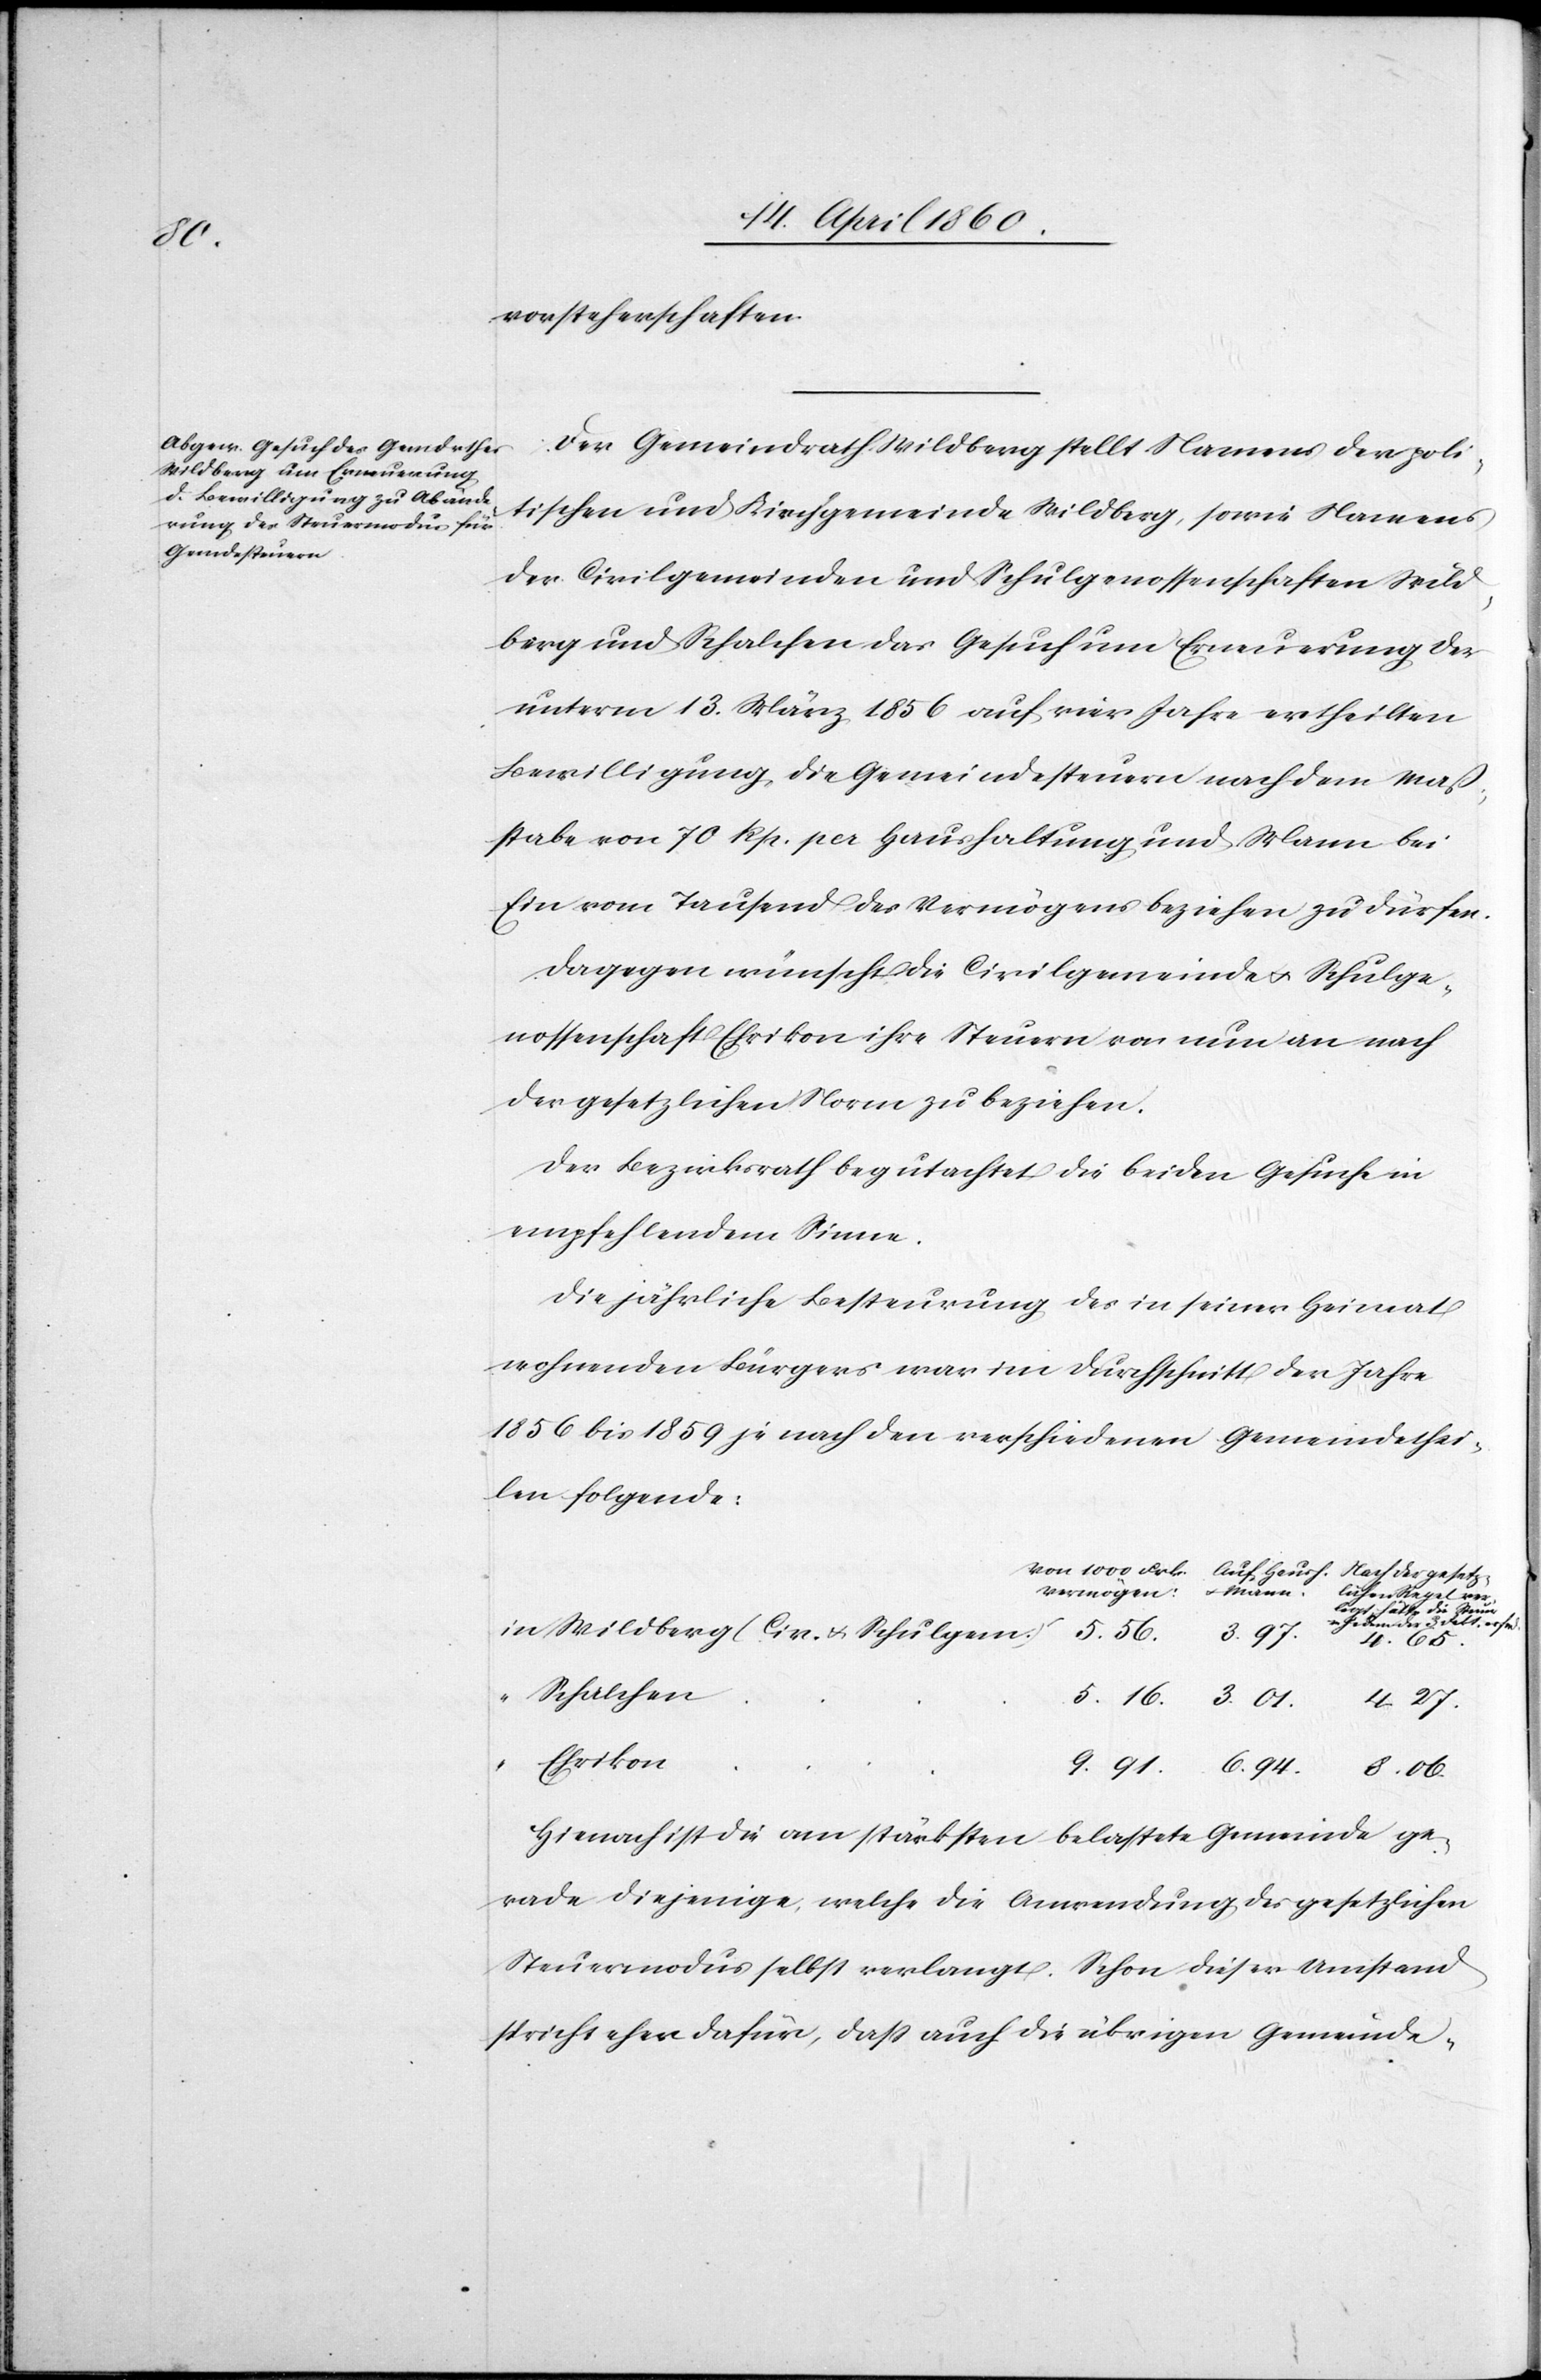
8.

vorsteherschaften.
Der Gemeindrath Wildberg stellt Namens der poli¬
tischen und Kirchgemeinde Wildberg, sowie Namens
der Civilgemeinden und Schulgenossenschaften Wild¬
berg und Schalchen das Gesuch um Erneuerung der
unterm 13. März 1856 auf vier Jahre ertheilten
Bewilligung, die Gemeindesteuern nach dem Mas¬
sstabe von 70. Rp. pr. Haushaltung und Mann bei
Ein vom Tausend des Vermögens beziehen zu dürfen.
Dagegen wünscht die Civilgemeinde u. Schulge¬
nossenschaft Ehrikon ihre Steuern von nun an nach
der gesetzlichen Norm zu beziehen.
Der Bezirksrath begutachtet die beiden Gesuche in
empfehlendem Sinne.
Die jährliche Besteurung des in seiner Heimat
wohnenden Bürgers war im Durchschnitt der Jahre
1856 bis 1859 je nach den verschiedenen Gemeindethei¬
len folgende:
lichen Regel
ldberg (Civ. u. Schulgen.)
4. 65.
Schalchen
Ehrikon
Hienach ist die am stärksten belastete Gemeinde ge¬
rade diejenige, welche die Anwendung des gesetzlichen
Steuermodus selbst verlangt. Schon dieser Umstand
spricht eher dafür, dass auch die übrigen Gemeinde-